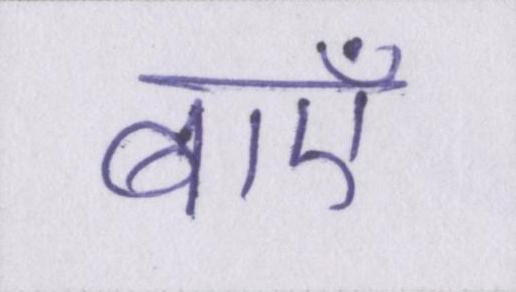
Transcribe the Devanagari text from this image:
बाएँ